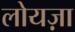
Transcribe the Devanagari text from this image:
लोयज़ा